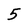
Character: 5